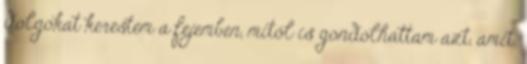
dolgokat kerestem a fejemben, mitől is gondolhattam azt, amit.